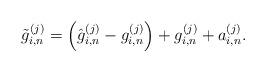
LaTeX: \begin{align*}\tilde{g}_{i,n}^{(j)} = \left( \hat{g}_{i,n}^{(j)} - g_{i,n}^{(j)}\right) + g_{i,n}^{(j)} + a_{i,n}^{(j)}. \end{align*}